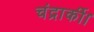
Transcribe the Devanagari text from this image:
चंद्रार्की।